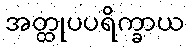
အတ္ထုပပရိက္ခာယ